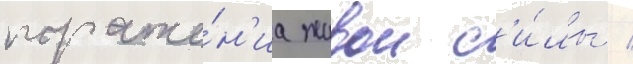
пораже́н'иа живои с'и́лы /